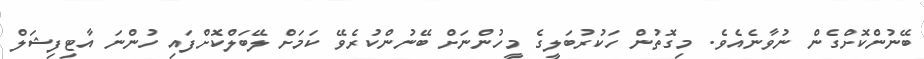
ބޭނުންކޮށްގެން ނުވާނެއެވެ. މިގޮތުން ހަކުރުބަލީގެ މީހުންނަށް ބޭނުންކުރެވޭ ކަމަށް ލޭބަލްކޮށްފައި ހުންނަ އާޓިފިޝަލް